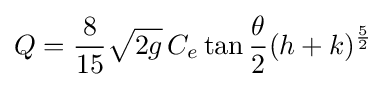
Q={\frac {8}{15}}{\sqrt {2g}}\,C_{e}\tan {\frac {\theta }{2}}(h+k)^{\frac {5}{2}}